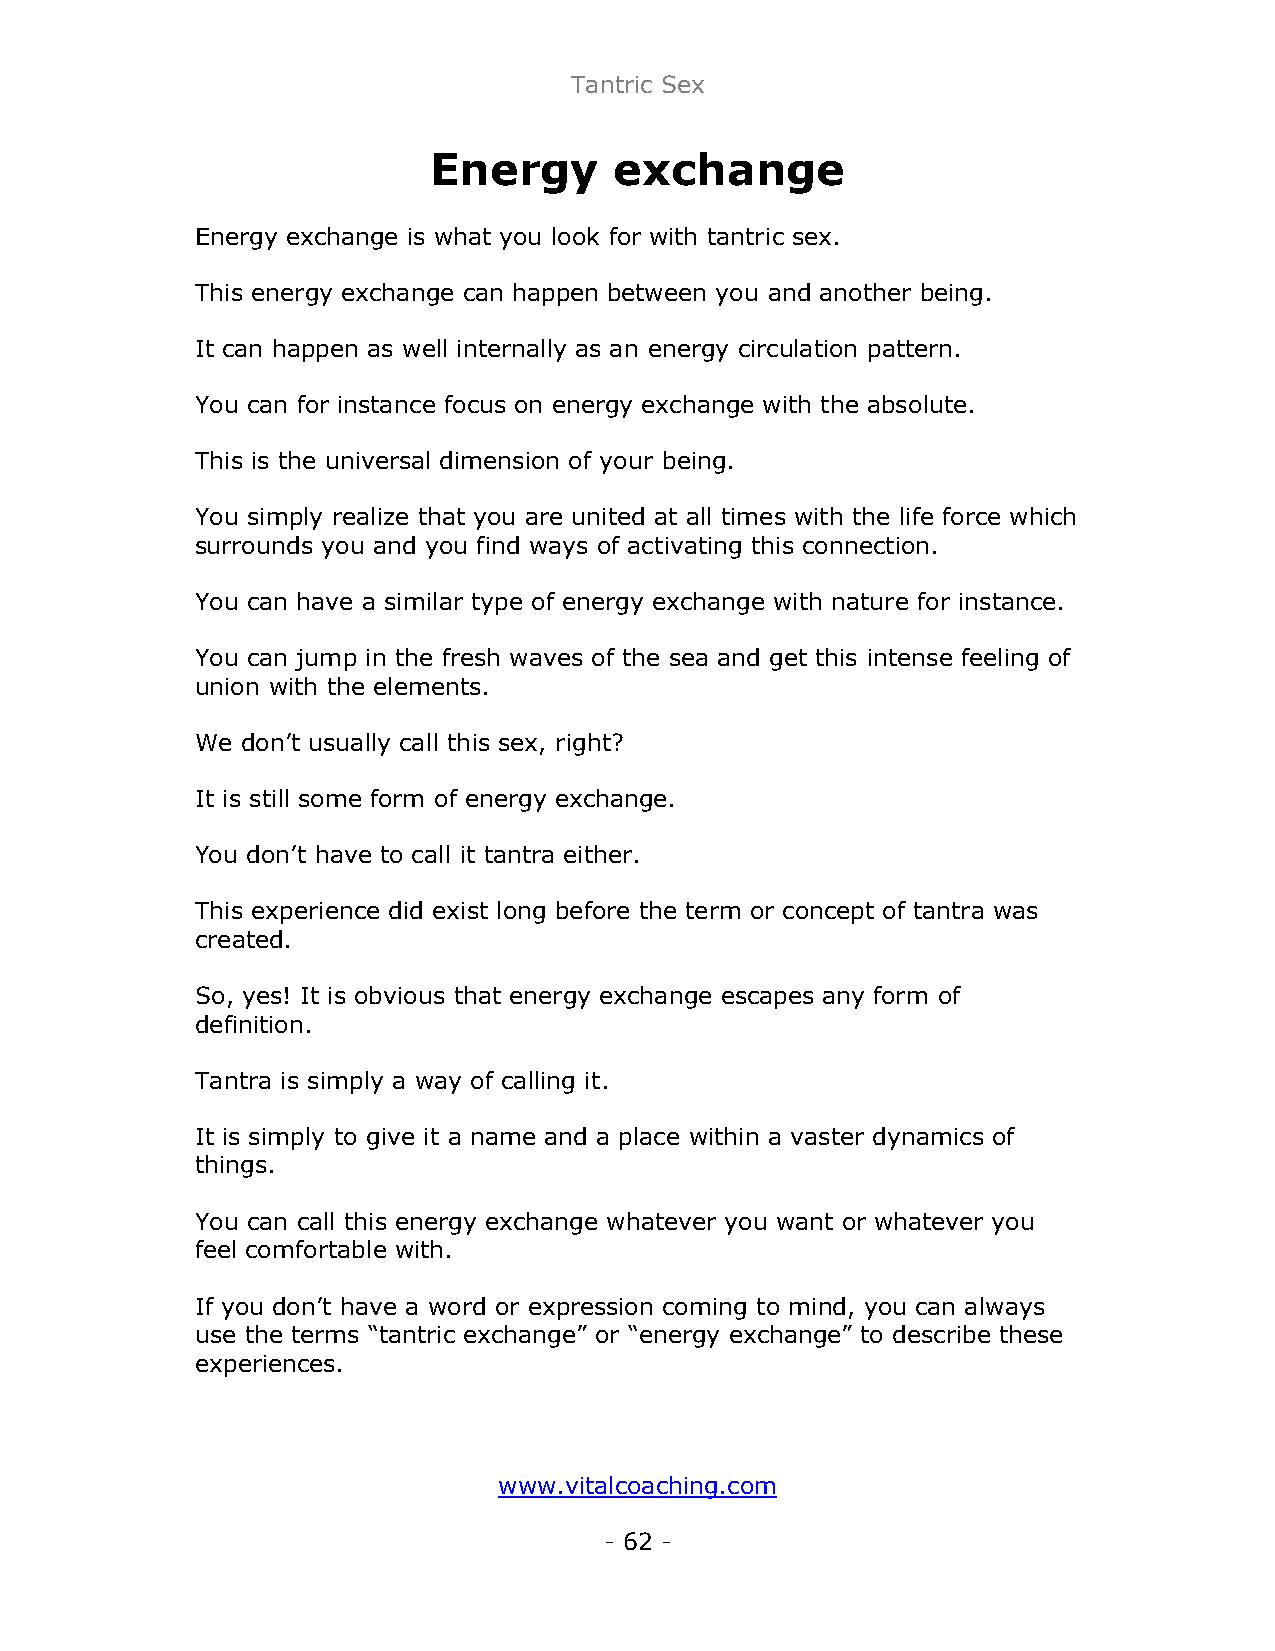
Tantric Sex
 Energy       exchange
 Energy exchange is what you look for with tantric sex.
 This energy exchange can happen between you and another being.
 It can happen as well internally as an energy circulation pattern.
 You can for instance focus on energy exchange with the absolute.
 This is the universal dimension of your being.
 You simply realize that you are united at all times with the life force which
 surrounds you and you find ways of activating this connection.
 You can have a similar type of energy exchange with nature for instance.
 You can jump in the fresh waves of the sea and get this intense feeling of
 union with the elements.
 We don’t usually call this sex, right?
 It is still some form of energy exchange.
 You don’t have to call it tantra either.
 This experience did exist long before the term or concept of tantra was
 created.
 So, yes! It is obvious that energy exchange escapes any form of
 definition.
 Tantra is simply a way of calling it.
 It is simply to give it a name and a place within a vaster dynamics of
 things.
 You can call this energy exchange whatever you want or whatever you
 feel comfortable with.
 If you don’t have a word or expression coming to mind, you can always
 use the terms “tantric exchange” or “energy exchange” to describe these
 experiences.
 www.vitalcoaching.com
 - 62 -